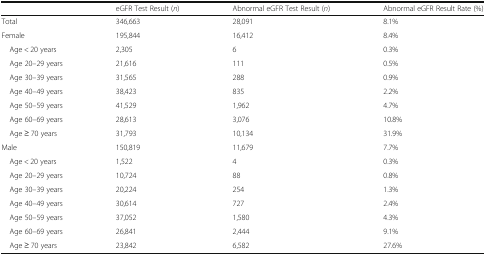
<table><thead><tr><td></td><td><b>eGFR Test Result (<i>n</i>)</b></td><td><b>Abnormal eGFR Test Result (<i>n</i>)</b></td><td><b>Abnormal eGFR Result Rate (%)</b></td></tr></thead><tbody><tr><td>Total</td><td>346,663</td><td>28,091</td><td>8.1%</td></tr><tr><td>Female</td><td>195,844</td><td>16,412</td><td>8.4%</td></tr><tr><td> Age &lt; 20 years</td><td>2,305</td><td>6</td><td>0.3%</td></tr><tr><td> Age 20–29 years</td><td>21,616</td><td>111</td><td>0.5%</td></tr><tr><td> Age 30–39 years</td><td>31,565</td><td>288</td><td>0.9%</td></tr><tr><td> Age 40–49 years</td><td>38,423</td><td>835</td><td>2.2%</td></tr><tr><td> Age 50–59 years</td><td>41,529</td><td>1,962</td><td>4.7%</td></tr><tr><td> Age 60–69 years</td><td>28,613</td><td>3,076</td><td>10.8%</td></tr><tr><td> Age ≥ 70 years</td><td>31,793</td><td>10,134</td><td>31.9%</td></tr><tr><td>Male</td><td>150,819</td><td>11,679</td><td>7.7%</td></tr><tr><td> Age &lt; 20 years</td><td>1,522</td><td>4</td><td>0.3%</td></tr><tr><td> Age 20–29 years</td><td>10,724</td><td>88</td><td>0.8%</td></tr><tr><td> Age 30–39 years</td><td>20,224</td><td>254</td><td>1.3%</td></tr><tr><td> Age 40–49 years</td><td>30,614</td><td>727</td><td>2.4%</td></tr><tr><td> Age 50–59 years</td><td>37,052</td><td>1,580</td><td>4.3%</td></tr><tr><td> Age 60–69 years</td><td>26,841</td><td>2,444</td><td>9.1%</td></tr><tr><td> Age ≥ 70 years</td><td>23,842</td><td>6,582</td><td>27.6%</td></tr></tbody></table>